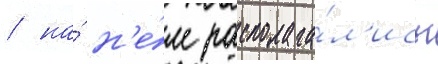
/ на́ н'е́м располага́л'ись